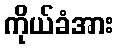
ကိုယ်ခံအား